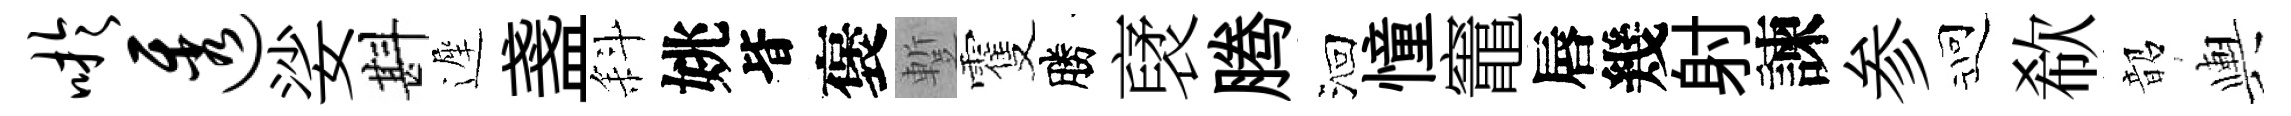
吁透娑斟遲盞斜姚𣅜褒蹔䨥勝裦腾洄憧竈唇幾射諫参迎欷韶輿